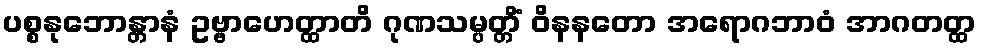
ပစ္စနုဘောန္တာနံ ဥဗ္ဗာဟေတ္ထာတိ ဂုဏသမ္ပတ္တိံ ဝိနနတော အရောဂဘာဝံ အာဂတတ္ထ